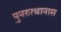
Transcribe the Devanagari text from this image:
पुनरुत्थानास